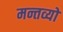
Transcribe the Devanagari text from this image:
मन्तव्यो